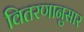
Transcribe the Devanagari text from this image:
वितरणानुसार